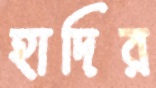
হাদির